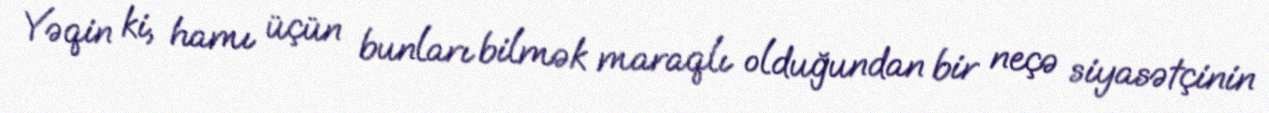
Yəqin ki, hamı üçün bunları bilmək maraqlı olduğundan bir neçə siyasətçinin